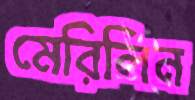
মেরিলিন